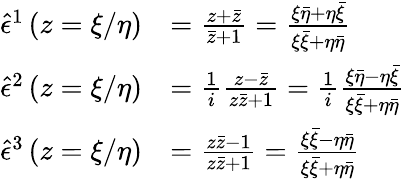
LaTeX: \begin{array}{rl}{\hat{\epsilon}^{1}\left(z=\xi/\eta\right)}&{=\frac{z+\bar{z}}{\bar{z}+1}=\frac{\xi\bar{\eta}+\eta\bar{\xi}}{\xi\bar{\xi}+\eta\bar{\eta}}}\\ {\hat{\epsilon}^{2}\left(z=\xi/\eta\right)}&{=\frac{1}{i}\frac{z-\bar{z}}{z\bar{z}+1}=\frac{1}{i}\frac{\xi\bar{\eta}-\eta\bar{\xi}}{\xi\bar{\xi}+\eta\bar{\eta}}}\\ {\hat{\epsilon}^{3}\left(z=\xi/\eta\right)}&{=\frac{z\bar{z}-1}{z\bar{z}+1}=\frac{\xi\bar{\xi}-\eta\bar{\eta}}{\xi\bar{\xi}+\eta\bar{\eta}}}\end{array}